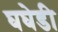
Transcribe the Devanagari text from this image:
घघेडी